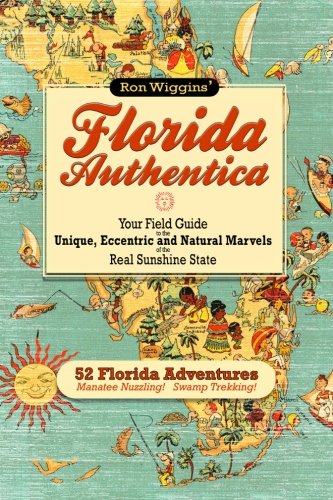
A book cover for Florida Authentica: Your field guide to the unique, eccentric, and natural marvels of the real Sunshine State; Ron Wiggins; Travel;